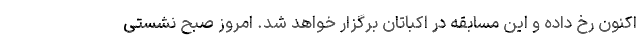
اکنون رخ داده و این مسابقه در اکباتان برگزار خواهد شد. امروز صبح نشستی